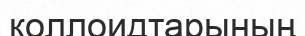
коллоидтарының